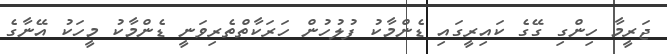
ޖަރީމާ ހިންގި ގޭގެ ކައިރީގައި ޑެންމާކު ފުލުހުން ހަރަކާތްތެެރިވަނީ ޑެންމާކު މީހަކު އޭނާގެ